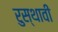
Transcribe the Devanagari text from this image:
रुस्थावी